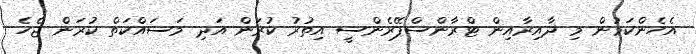
އެހެންކަމުން މި ދާއިރާއިން ޓްރާންސްޕޭރެންސީ އިތުރު ކުރަން އަދި މަސައްކަތް ކުރަން ޖެހެ